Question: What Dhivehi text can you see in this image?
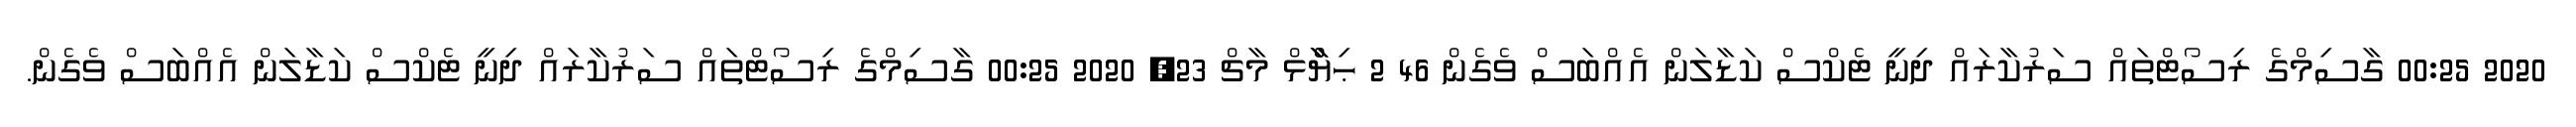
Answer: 2020 00:25 ގާސިމްގެ ރިސޯޓްތައް ސަރުކާރައް ދިނީ ޓެކްސް ކަޑާލަން އެއްބަސް ވެގެން 46 2 ޙިޔާާްްޅް މާޗް 23, 2020 00:25 ގާސިމްގެ ރިސޯޓްތައް ސަރުކާރައް ދިނީ ޓެކްސް ކަޑާލަން އެއްބަސް ވެގެން.